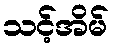
သင့်အိမ်